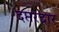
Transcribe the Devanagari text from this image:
दप्तरदार